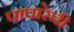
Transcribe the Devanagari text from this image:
पापारेची